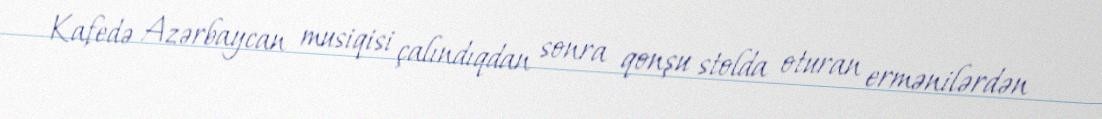
Kafedə Azərbaycan musiqisi çalındıqdan sonra qonşu stolda oturan ermənilərdən